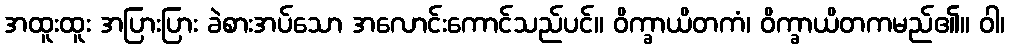
အထူးထူး အပြားပြား ခဲစားအပ်သော အလောင်းကောင်သည်ပင်။ ဝိက္ခာယိတကံ၊ ဝိက္ခာယိတကမည်၏။ ဝါ၊